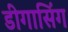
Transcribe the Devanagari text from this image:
डीगासिंग